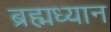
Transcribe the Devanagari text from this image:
ब्रह्मध्यान